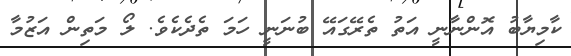
ކާމިޔާބު އޮންނާނީ އަތު ތެރޭގައޭ ބުނަނީ ހަމަ ތެދެކެވެ. ލޯ މަތިން އަޒުމާ